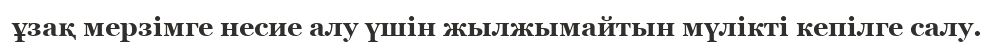
ұзақ мерзімге несие алу үшін жылжымайтын мүлікті кепілге салу.